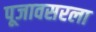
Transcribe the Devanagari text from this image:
पूजावसरला